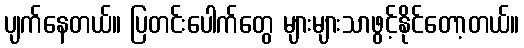
ပျက်နေတယ်။ ပြတင်းပေါက်တွေ များများသာဖွင့်နိုင်တော့တယ်။